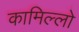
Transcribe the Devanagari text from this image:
कामिल्लो